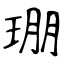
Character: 㻚